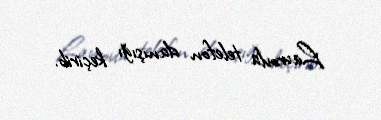
Lavrovla telefon danışığı keçirib.